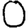
Digit: 0